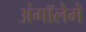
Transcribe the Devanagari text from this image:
अंगॉलेमे